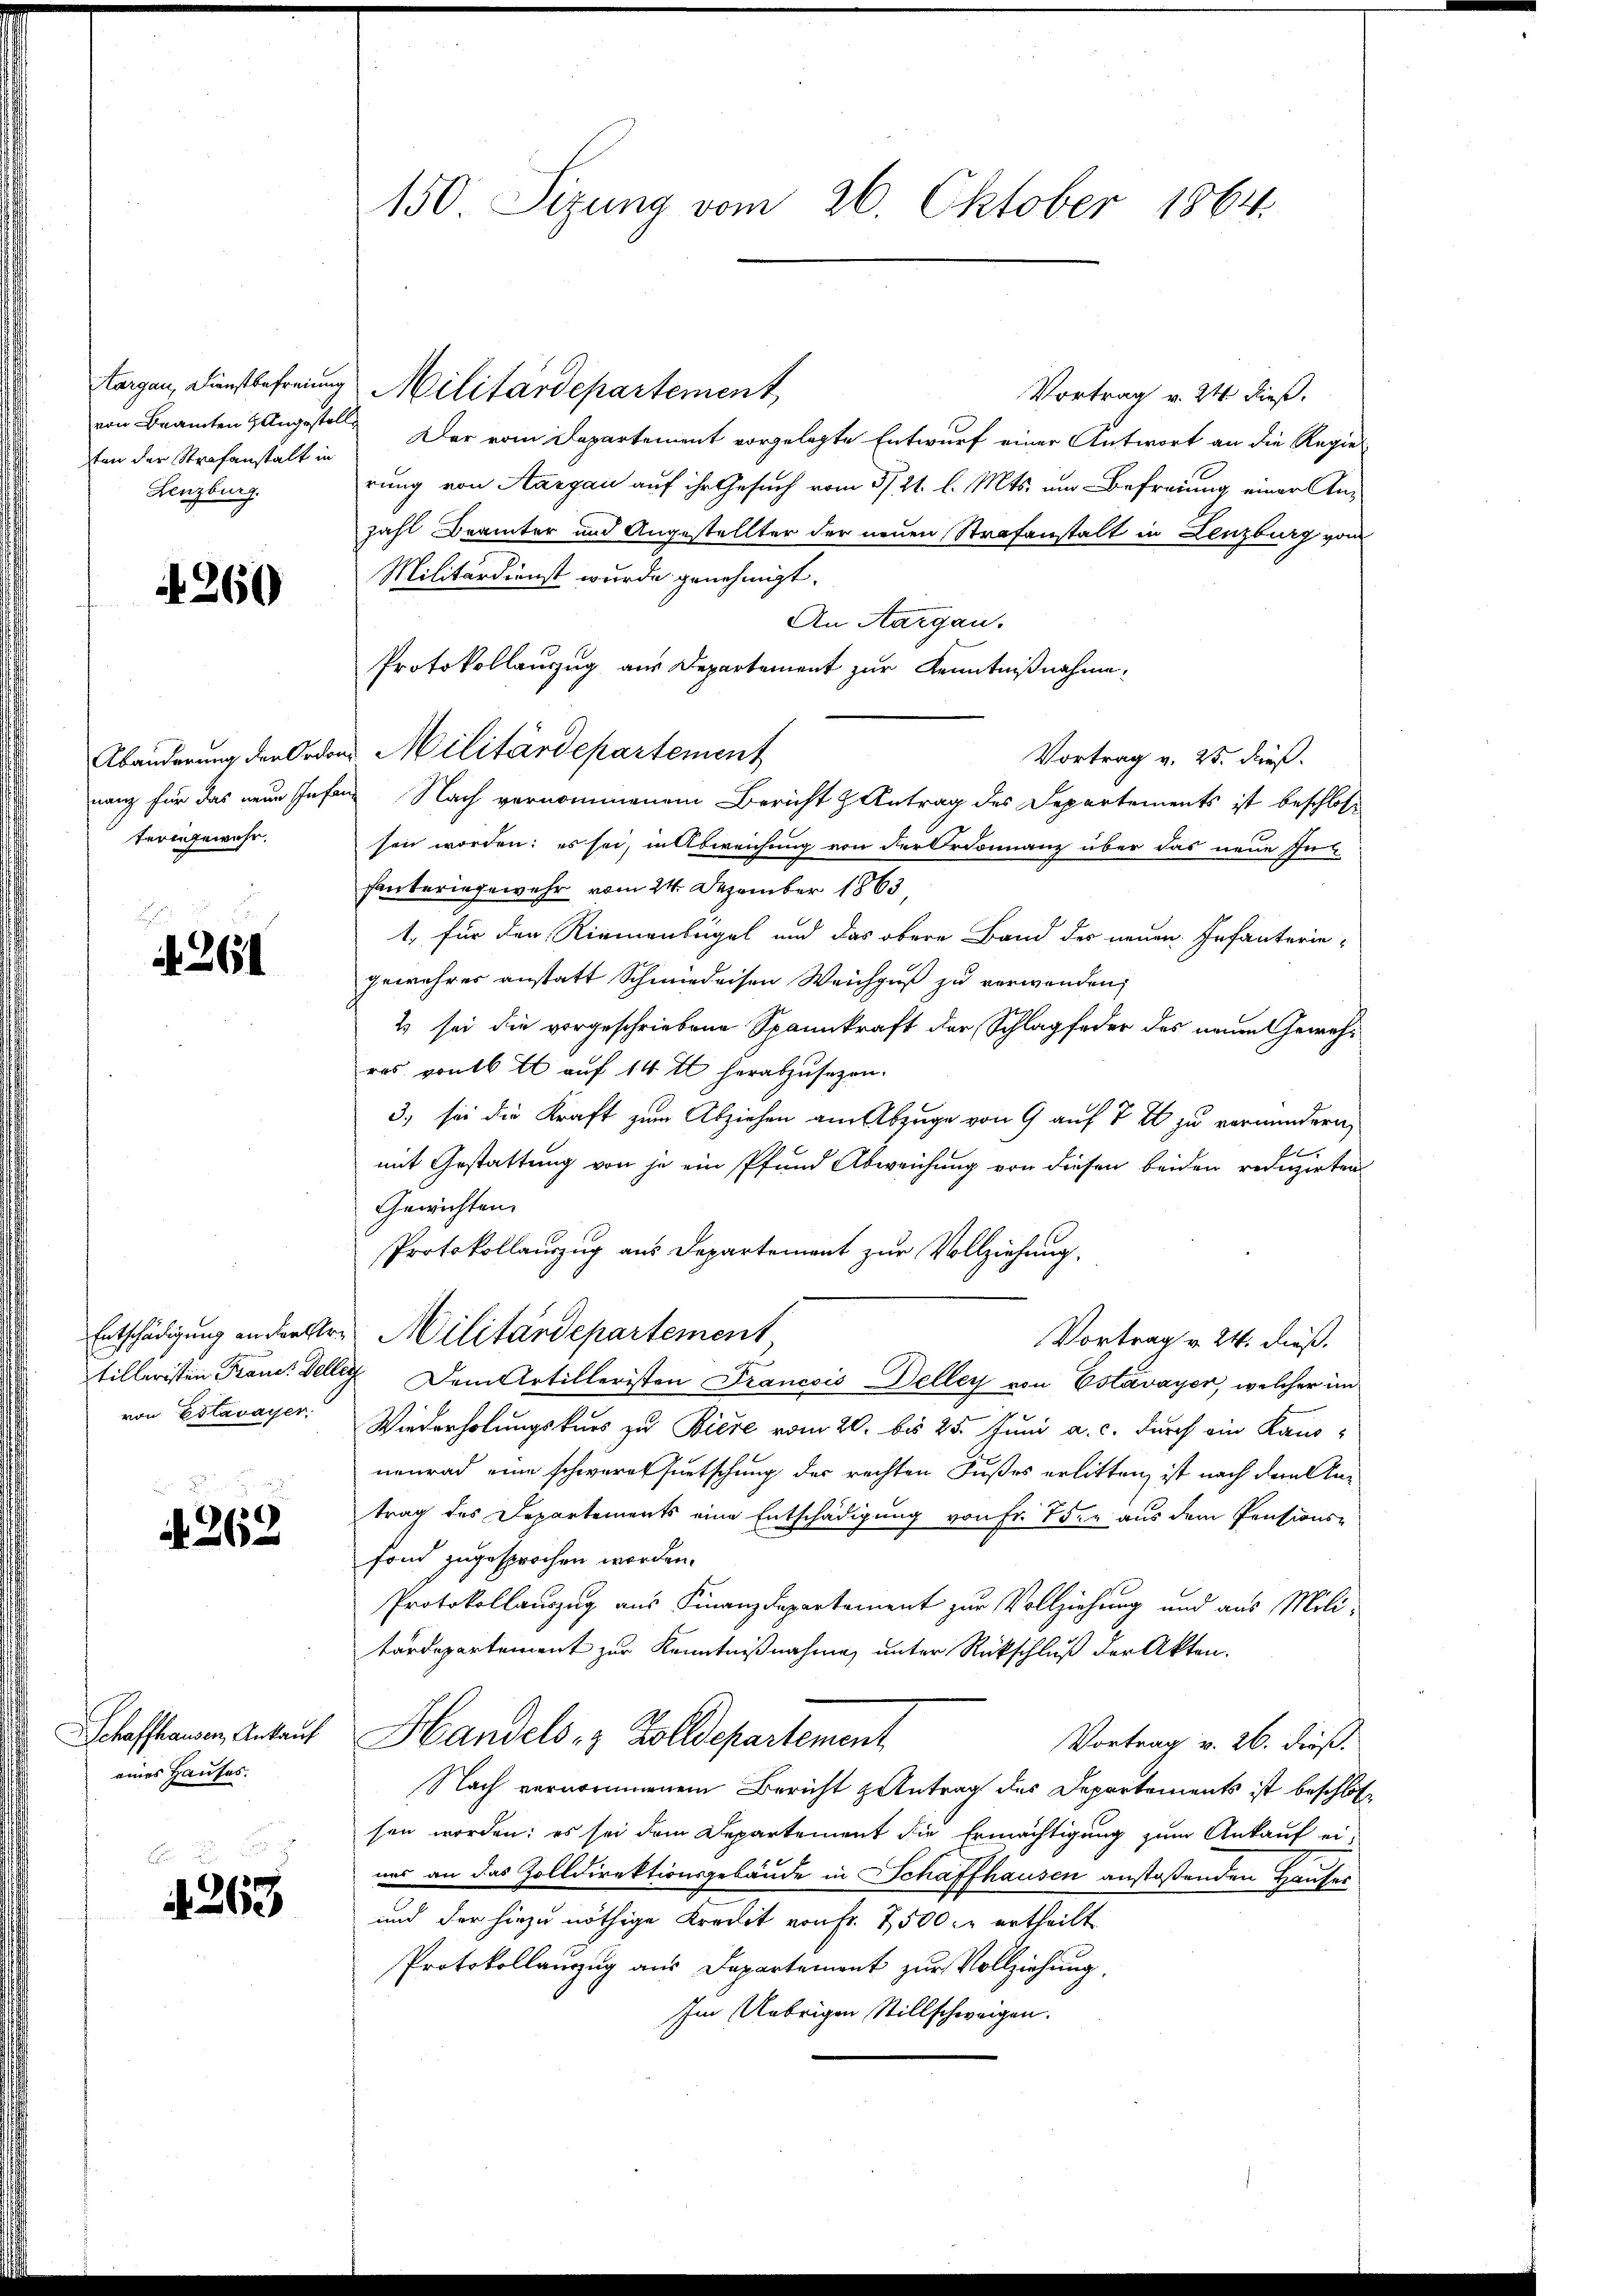
von Beamten & Angestell
ten der Strafanstalt in
Lenzburg.

A 260

nang für das neue Infan
tern gewahr.

.
 261

von Estavayer.

A 262

Schaffhausen, Ankauf
eines Hauses.

263

150 Sizung vom 26. Oktober 1864.

torgen, Dienstbefreiung Militärdepartement,
Vortrag v. 24 dieß.
Der vom Departement vorgelegte Entwurf einer Antwort an die Regierung von Aargau auf ihr Gesuch vom 3/21. l. Mts. um Befreiung einer Anzahl Brämter und Angestellter der neuen Strafanstalt in Lenzburg vom
Militärdienst wurde genehmigt.
An Aargau.
Protokollauszug aus Departement zur Kenntnißnahme,
Abänderung der Ordons Militärdepartement
Vortrag v. 25. dieß.
in Nach vernommenem Bericht & Antrag des Departements ist beschlos
sen worden; es sei, in Abweichung von der Ordonnanz über das neue Inhanteringewehr vom 24. Dezember 1863,
1. für den Riementeigel und das obere Band des neuen Infanterie-
gewehres anstatt Schmiedersen Weichguß zu verwenden,
2 sei die vorgeschriebene Spannkraft der Schlagfeder des neuen Gewähras von 16 t auf 14 t herabzusehen.
3) sei die Kraft zum Abziehen am Abzuge von 9 auf 7 x zu vermindern,
f
mit Gestattung von je ein Pfund Abweichung von diesen beiden reduzirten
Gewichten.
Protokollauszug aus Departement zur Vollziehung.
Entschädigung an der Herr Militärdepartement
Vortrag v. 24. dieß.
tilleristen Fraue. Dellig Dem Artilleristen Francois Deller von Estavayer, welcher im
Wiederholungskurs zu Biere vom 20. bis 25. Juni a. c. durch ein Kaus-
nenrad eine schweres fuetschung der rechten Fußes erlitten, ist nach dem Antrag des Departements eine Entschädigung von Fr. 75. aus dem Pensions-
fond zugesprochen worden.
Protokollauszug aus Finanzdepartement zur Vollziehung und aus Militärdepartement zur Kenntnißnahme, unter Rückschluß der Akten.
Handels- & Zolldepartement
Vortrag v. 26. dieß.
Nach vernommenem Bericht Antrag des Departements ist beschlossen worden: es sei dem Departement die Ermächtigung zum Ankauf ei-
uas an das Zolldirektionsgebäude in Schaffhausen anstoßenden Hausen
und der hiezu nöthige Kredit von Fr. 2500. ertheilt
Protokollanzug aus Departement zur Vollziehung.
Im Uebrigen Stillschweigen.